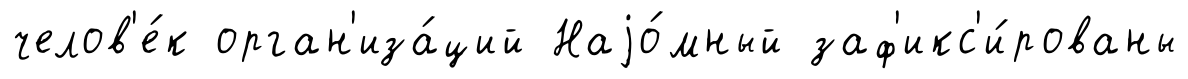
челов'е́к орган'иза́ций Наjо́мный заф'икс'и́рованы